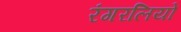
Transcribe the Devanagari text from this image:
रंगरलियों